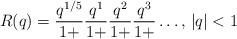
LaTeX: \begin{align*}R(q)=\frac{q^{1/5}}{1+}\frac{q^1}{1+}\frac{q^2}{1+}\frac{q^3}{1+}\ldots\textrm{, }|q|<1\end{align*}